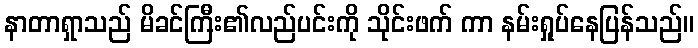
နာတာရှာသည် မိခင်ကြီး၏လည်ပင်းကို သိုင်းဖက် ကာ နမ်းရှုပ်နေပြန်သည်။